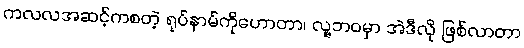
ကလလအဆင့်ကစတဲ့ ရုပ်နာမ်ကိုဟောတာ၊ လူ့ဘဝမှာ အဲဒီလို ဖြစ်လာတာ